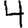
Digit: 4